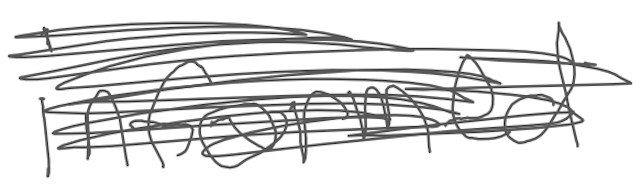
Text: informed
Cross-out: scratch
Writing tool: digital_gray